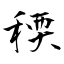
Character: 稬